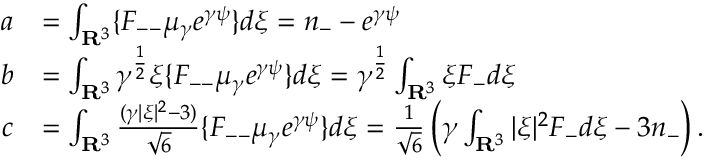
\begin{array} { r l } { a } & { = \int _ { \mathbf R ^ { 3 } } \{ F _ { -- } \mu _ { \gamma } e ^ { \gamma \psi } \} d \xi = n _ { - } - e ^ { \gamma \psi } } \\ { b } & { = \int _ { \mathbf R ^ { 3 } } \gamma ^ { \frac { 1 } { 2 } } \xi \{ F _ { -- } \mu _ { \gamma } e ^ { \gamma \psi } \} d \xi = \gamma ^ { \frac { 1 } { 2 } } \int _ { \mathbf R ^ { 3 } } \xi F _ { - } d \xi } \\ { c } & { = \int _ { \mathbf R ^ { 3 } } \frac { ( \gamma | \xi | ^ { 2 } - 3 ) } { \sqrt { 6 } } \{ F _ { -- } \mu _ { \gamma } e ^ { \gamma \psi } \} d \xi = \frac { 1 } { \sqrt { 6 } } \left( \gamma \int _ { \mathbf R ^ { 3 } } | \xi | ^ { 2 } F _ { - } d \xi - 3 n _ { - } \right) . } \end{array}